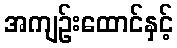
အကျဉ်းထောင်နှင့်